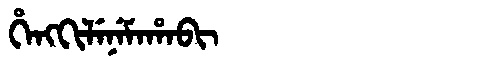
Manchu: ᡥᡝᠩᡴᡳᠯᡝᠨᡝᠮᠠᡥᠠᠪᡳ
Romanization: HENGKILENEMAHABI